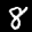
Label: 8